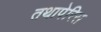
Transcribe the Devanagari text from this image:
तथापेरिस